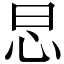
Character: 𢗭